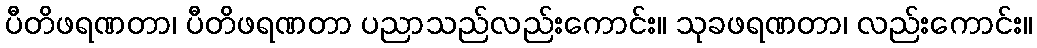
ပီတိဖရဏတာ၊ ပီတိဖရဏတာ ပညာသည်လည်းကောင်း။ သုခဖရဏတာ၊ လည်းကောင်း။